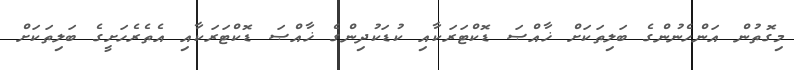
މިގޮތުން އަންހެނުންގެ ބަލިތަކަށް ޚާއްޞަ ޑޮކްޓަރަކާއި ކުޑަކުދިންގެ ޚާއްޞަ ޑޮކްޓަރަކާއި އެތެރެހަށީގެ ބަލިތަކަށް